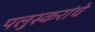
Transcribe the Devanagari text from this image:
पलुस्करांचे